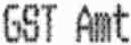
GST AMT